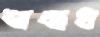
শামাখ